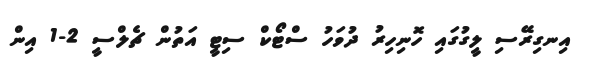
އިނގިރޭސި ލީގުގައި ހޮނިހިރު ދުވަހު ސްޓޯކް ސިޓީ އަތުން ޗެލްސީ 2-1 އިން